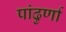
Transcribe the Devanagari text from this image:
पांढुर्णा